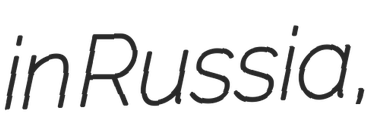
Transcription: in Russia,